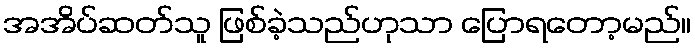
အအိပ်ဆတ်သူ ဖြစ်ခဲ့သည်ဟုသာ ပြောရတော့မည်။